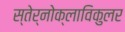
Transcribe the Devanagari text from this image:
स्तेर्नोक्लाविकुलर